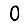
Digit: 0